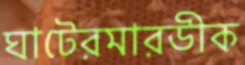
ঘাটেরমারডীক